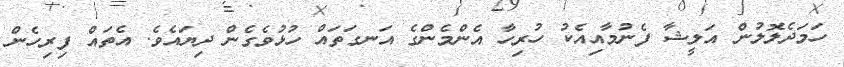
ހަމަދެލޮލުން އަލީޝާ ފެނުމާއިއެކު ހުރިހާ އެންމެންގެ އަނގަތައް ހުޅުވެގެން ދިޔައެވެ. އެތައް ފިރިހެން